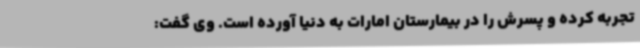
تجربه کرده و پسرش را در بیمارستان امارات به دنیا آورده است. وی گفت: